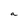
Character: a